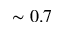
\sim 0 . 7